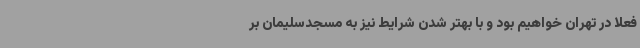
فعلا در تهران خواهیم بود و با بهتر شدن شرایط نیز به مسجدسلیمان بر